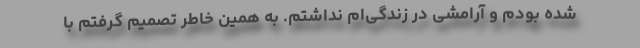
شده بودم و آرامشی در زندگی‌ام نداشتم. به همین خاطر تصمیم گرفتم با